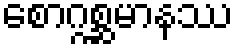
စောဂ္ဂစ္ဆမာနဿ